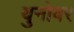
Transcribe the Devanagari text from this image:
युनोवर